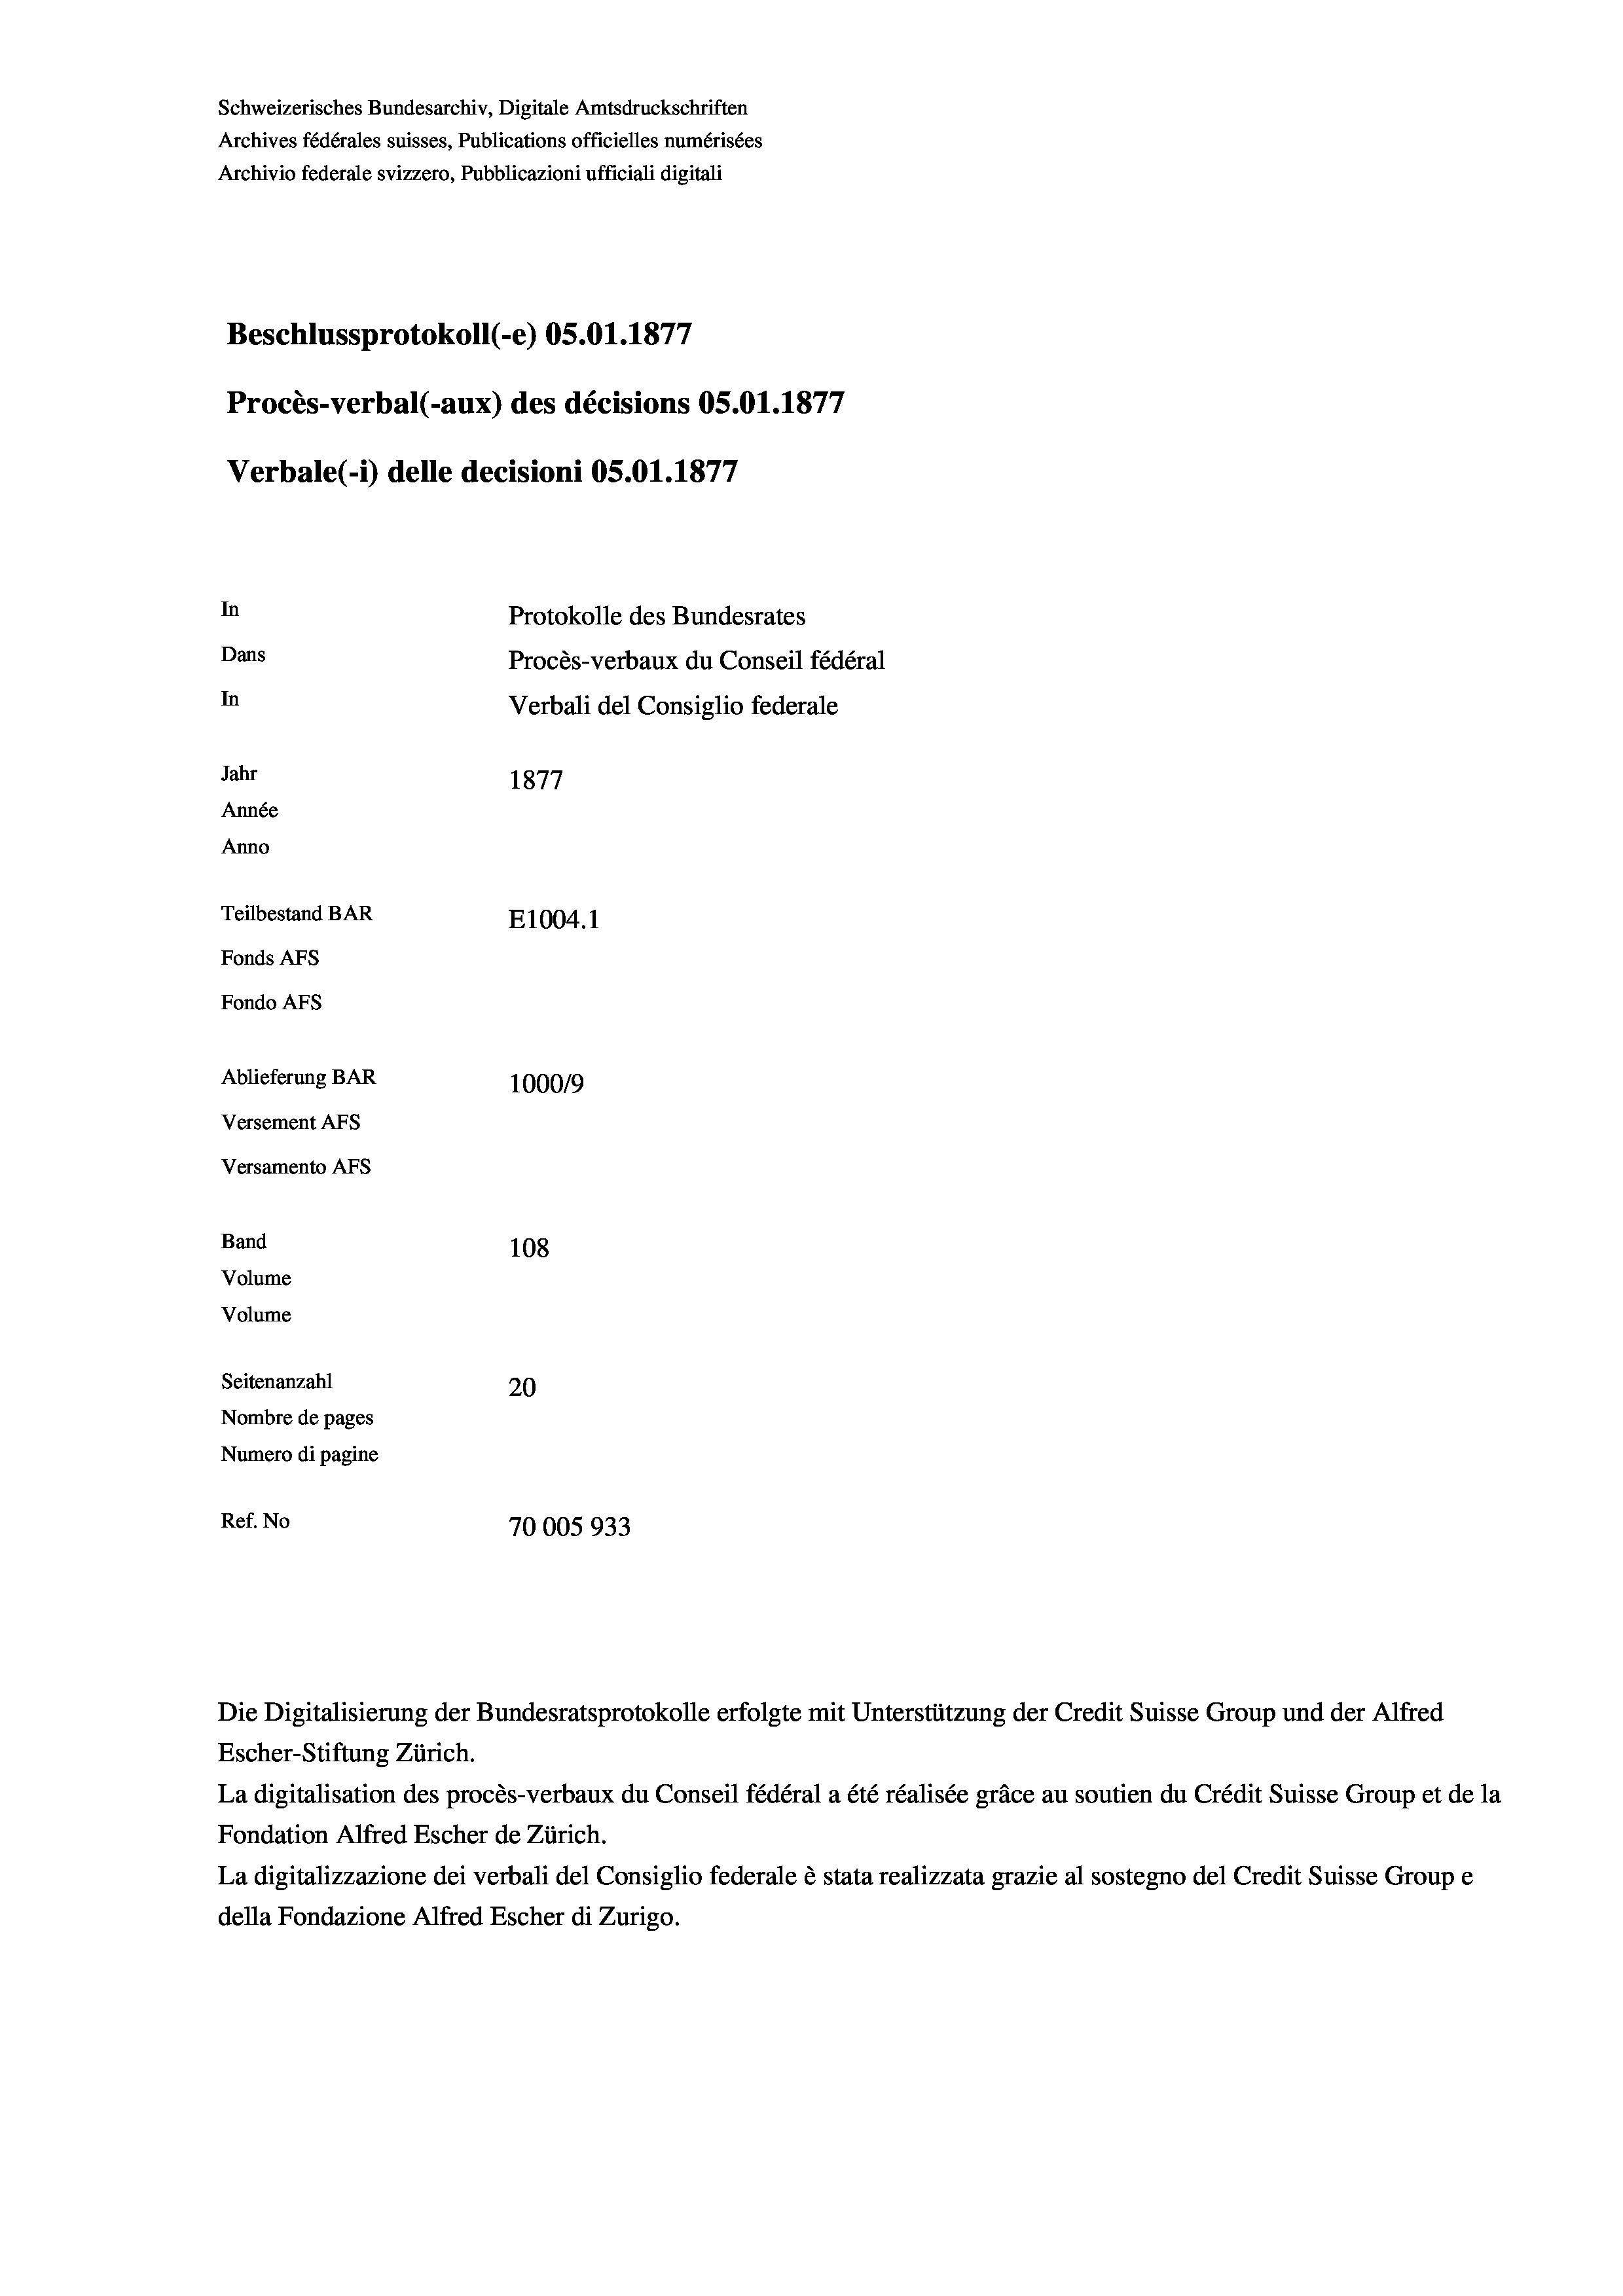
Schweizerisches Bundesarchiv, Digitale Amtsdruckschriften
Archives fédérales suisses, Publications officielles numérisées
Archivio federale svizzero, Pubblicazioni ufficiali digitali
e
Beschlussprotokoll (-e) OS.01. 1877
Procès-verbal (-aux) des décisions OS.O1.1877
Verbale (1) delle decisioni OS.O1.1877
In
Protokolle des Bundesrates
Dans
Procès-verbaux du Conseil fédéral
In
Verbali del Consiglio federale
Jahr
1877
Année
Anno
Teilbestand BAR
E1004. 1
Fonds AFs
Fondo AFs
Ablieferung BAR
100019
Versement Abs
Versamento AFs
Band
108

Seitenanzahl
20
Nombre de pages
Numero di pagine
Ref. No
70005933

Volume
Volume

d

Die Digitalisierung der Bundesratsprotokolle erfolgte mit Unterstützung der Credit Suisse Group und der Alfred
Escher-Stiftung Zürich.
La digitalisation des procès-verbaux du Conseil fédéral a été réalisée gräce au soutien du Crédit Suisse Group et de la
Fondation Alfred Escher de Zürich.
La digitalizzazione dei verbali del Consiglio federale è stata realizzata grazie al sostegno del Credit Suisse Groupe
della Fondazione Alfred Escher di Zurigo.